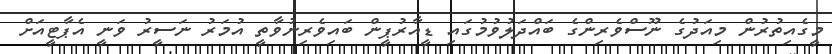
މީގެއިތުރުން މިއަދުގެ ނޫސްވެރިންގެ ބައްދަލުވުމުގައި ޑީއާރުޕީން ބައިވެރިނުވާތީ އުމަރު ނަސީރު ވަނީ އެޕާޓީއަށް